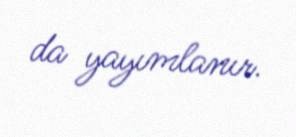
da yayımlanır.